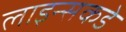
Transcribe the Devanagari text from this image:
लाइन्सकडे